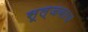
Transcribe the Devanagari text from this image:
सूल्जबाच